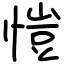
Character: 愷